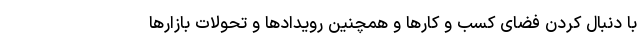
با دنبال کردن فضای کسب و کارها و همچنین رویدادها و تحولات بازارها